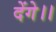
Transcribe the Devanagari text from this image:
देंगे।।